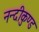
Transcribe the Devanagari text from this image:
नन्दीकुण्ड